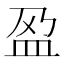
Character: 𫞰